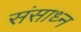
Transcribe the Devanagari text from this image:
संसाध्न